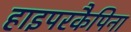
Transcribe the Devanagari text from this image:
हाइपरकैपिना